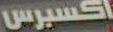
اكسبرس